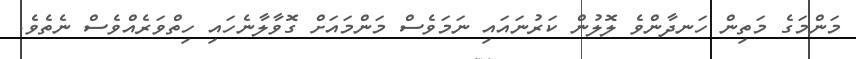
މަންމަގެ މަތިން ހަނދާންވެ ލޮލުން ކަރުނައައި ނަމަވެސް މަންމައަށް ގޮވާލާނެހައި ހިތްވަރެއްވެސް ނެތެވެ.